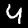
Label: 4